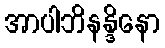
အာပါဘိနန္ဒိနော